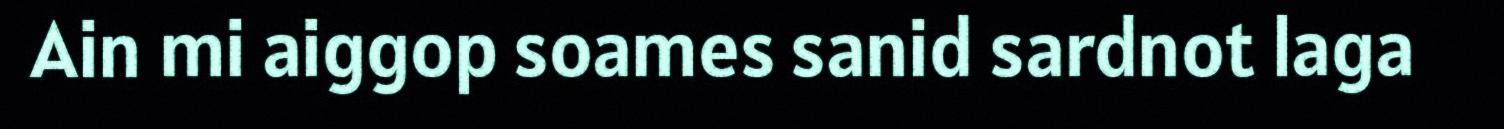
Ain mi aiggop soames sanid sardnot laga